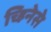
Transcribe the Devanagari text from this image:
च्हिनेसे